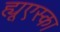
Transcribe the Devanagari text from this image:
ह्यूएस्का